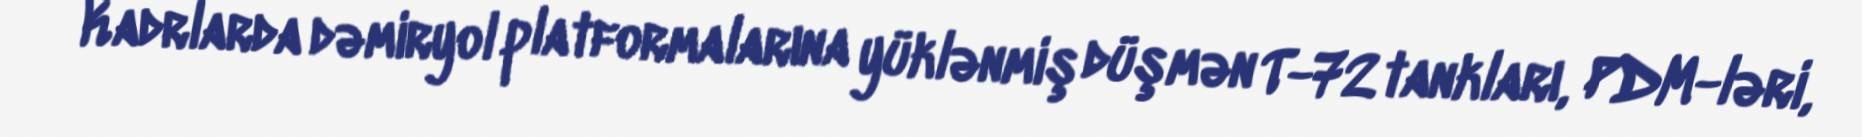
Kadrlarda dəmiryol platformalarına yüklənmiş düşmən T-72 tankları, PDM-ləri,